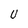
Character: U